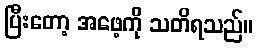
ပြီးတော့ အဖေ့ကို သတိရသည်။